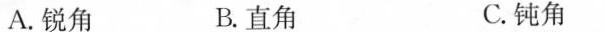
A.锐角 B.直角 C.钝角